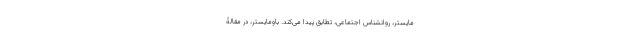
مایستر، روانشناس اجتماعی، تطابق پیدا می‌کند. باومایستر، در مقالۀ